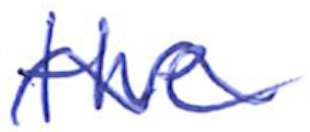
Text: the
Cross-out: mix
Writing tool: ballpoint